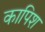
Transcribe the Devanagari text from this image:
कापिश